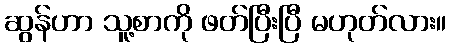
ဆွန်ဟာ သူ့စာကို ဖတ်ပြီးပြီ မဟုတ်လား။